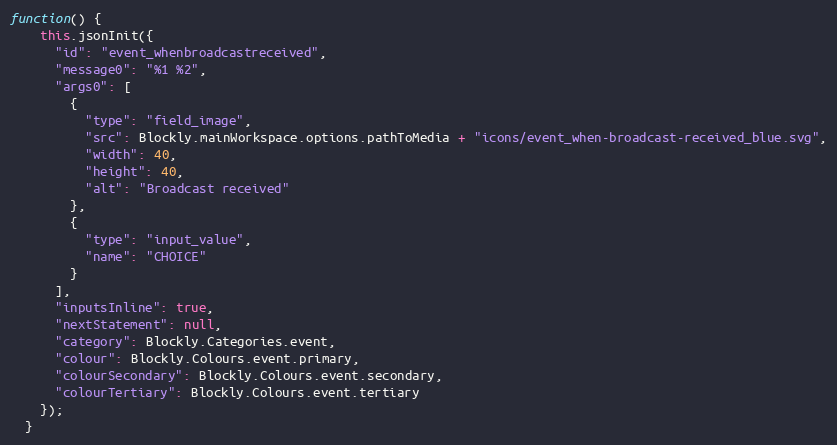
Language: JavaScript
function() {
    this.jsonInit({
      "id": "event_whenbroadcastreceived",
      "message0": "%1 %2",
      "args0": [
        {
          "type": "field_image",
          "src": Blockly.mainWorkspace.options.pathToMedia + "icons/event_when-broadcast-received_blue.svg",
          "width": 40,
          "height": 40,
          "alt": "Broadcast received"
        },
        {
          "type": "input_value",
          "name": "CHOICE"
        }
      ],
      "inputsInline": true,
      "nextStatement": null,
      "category": Blockly.Categories.event,
      "colour": Blockly.Colours.event.primary,
      "colourSecondary": Blockly.Colours.event.secondary,
      "colourTertiary": Blockly.Colours.event.tertiary
    });
  }